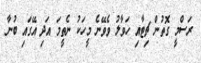
ރަސްމީ ގޮތުން ޗިޓާއި ހަވާލު ވެވޭނެ މީހަކު ނެތީމަ އަދި އޭގައި ބުނާ